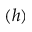
( h )